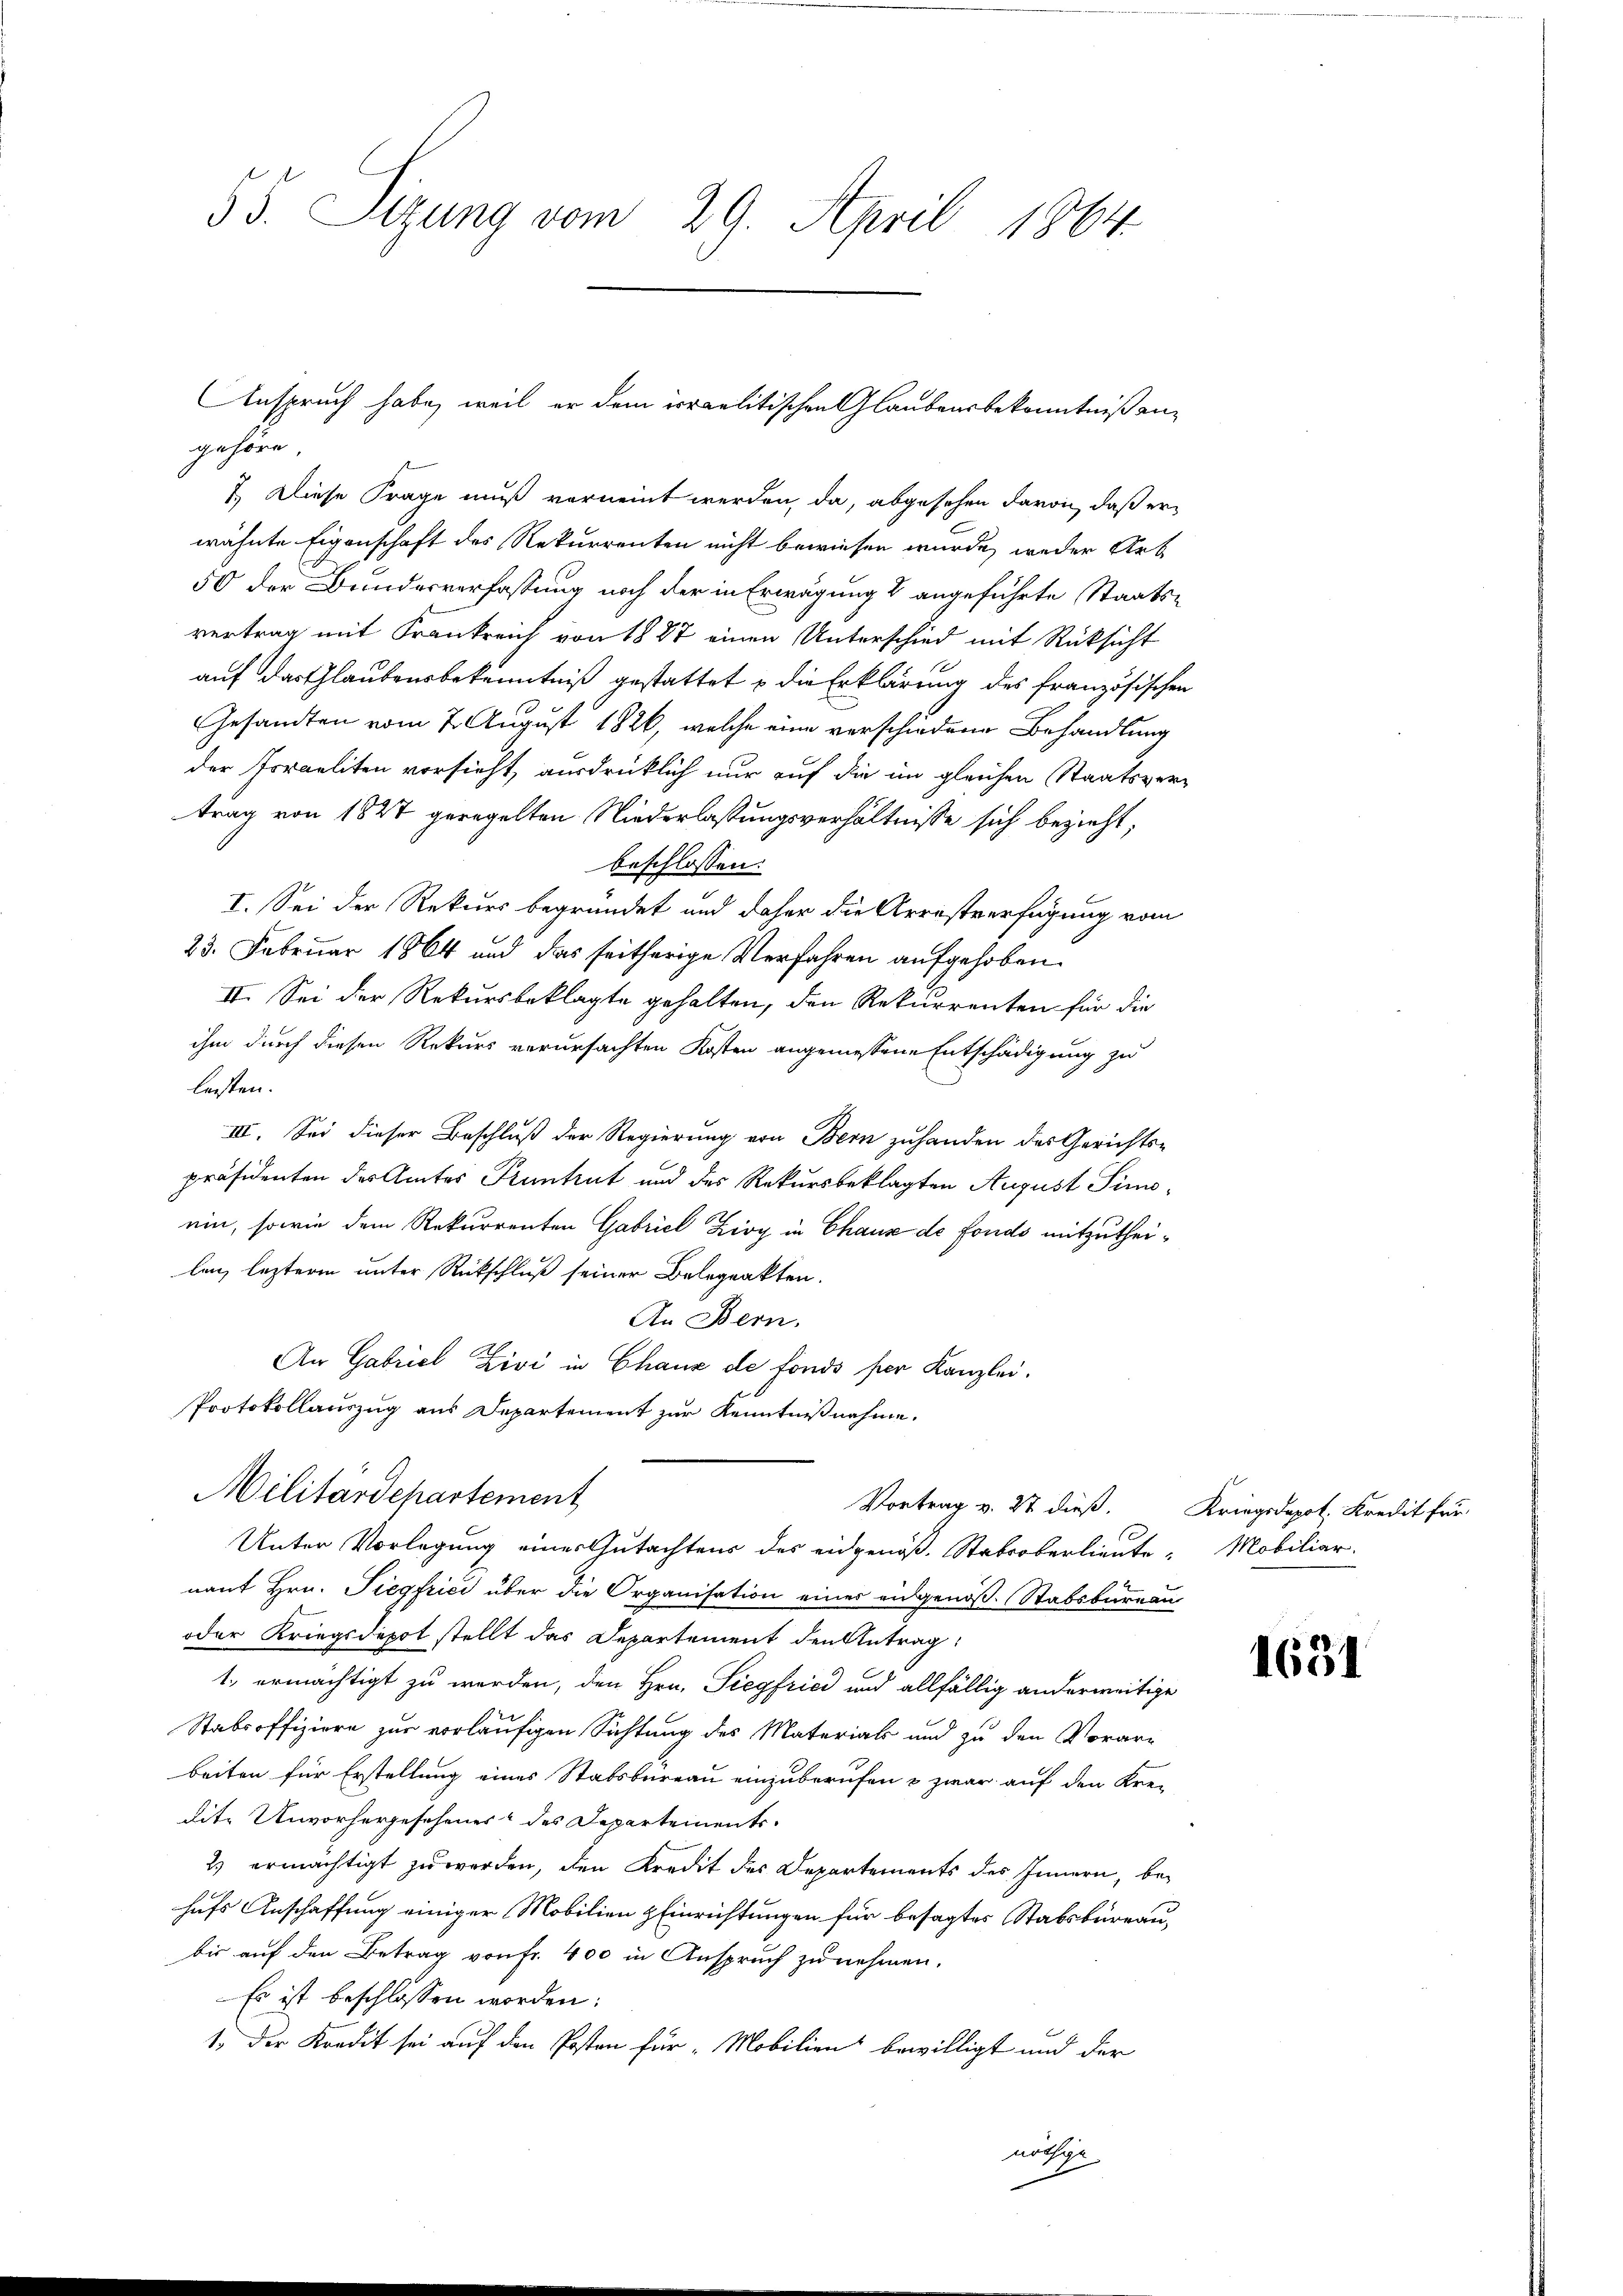
55. Sizung vom 29. April 1864.

gehöre.
7. Diese Frage muß verneint werden, da, abgesehen davon, daß erwähnte Eigenschaft des Rekurrenten nicht bewiesen wurde, weder Arb
50 der Bundesverfassung noch der in Erwägung & angeführte Staatsvertrag mit Frankreich von 1887 einen Unterschied mit Rücksicht
auf das Glaubensbekenntniß gestattet u die Erklärung des französischen
Gesandten vom 7. August 1826, welche eine verschiedene Behandlung
der Israeliten vorsicht ausdrücklich nur auf die im gleichen Staatsvertrag von 1827 geregelten Niederlassungsverhältnisse sich bezieht,
beschlossen:
I. Sei der Rekurs begründet und daher die Arrestverfügung vom
23. Februar 1864 und das seitherige Verfahren aufgehoben.
II. Sei der Rekursbeklagte gehalten, den Rekurrenten für die
ihm durch diesen Rekurs verursachten Kosten angemessene Entschädigung zu
leisten.
III. Sei dieser Beschluß der Regierung von Bern zuhanden des Gerichts-
präsidenten des Amtes Kuntrut und des Rekursbeklagten August Simoein, sowie dem Rekurrenten Gabriel Zioy in Chaus de fonds mitzutheilen, leztere unter Rückschluß seiner Belegrakten.
An Bern.
An Gabriel Zivi in Chaux de fonds ser Kanzlei.
Protokollauszug aus Departement zur Kenntnißnahme.
Militärdepartement
Vortrag v. 27 dieß. Kriegsdapot, Kredit für
Unter Vorlegung eines Gutachtens des eidgenöß. Stabroberlieute Mobiliar-
nant Hrn. Siegfrići über die Organisation einer eidgenöß. Stabsbureau
oder Kriegsdepot stellt das Departement den Antrag:
1., ermächtigt zu werden, den Hrn. Siegfrici und allfällig anderweitige
Stabsoffiziere zur vorläufigen Sichtung des Materials und zu den Vorar-
beiten für Erstellung eines Stabsbureau einzuberufen & zwar auf den Krei
dite Unvorhergesehenes des Departements¬
2) ermächtigt zu werden, den Kredit des Departements des Innern, behufs Anschaffung einiger Mobilien Einrichtungen für besagtes Stabsbureau,
bis auf den Betrag von Fr. 400 in Anspruch zu nehmen.
Es ist beschlossen worden:
1. Der Kredit sei auf den Posten für Mobilien bewilligt und der
nöthige
.

Anspruch habe, weil er dem irraelitischen Glaubensbekenntniß an¬

1631